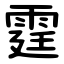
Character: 霆